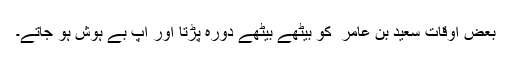
بعض اوقات سعید بن عامر ؓ کو بیٹھے بیٹھے دورہ پڑتا اور آپ بے ہوش ہو جاتے۔